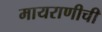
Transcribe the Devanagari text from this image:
मायराणीची